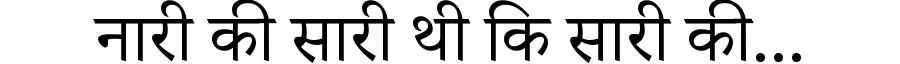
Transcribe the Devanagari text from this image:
नारी की सारी थी कि सारी की...